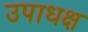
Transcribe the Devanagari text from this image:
उपाधक्ष